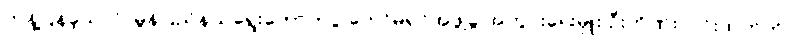
တုန့်ပြန်ခဲ့သလို၊ မွန်ပြည်နယ်ရွေးကောက်ပွဲ ကော်မရှင်အဖွဲ့ခွဲ အတွင်းရေးမှူး ဦးဟိဏ်းလင်းထက်ကို